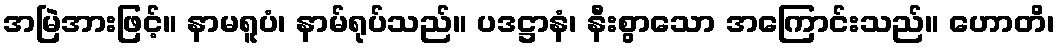
အမြဲအားဖြင့်။ နာမရူပံ၊ နာမ်ရုပ်သည်။ ပဒဋ္ဌာနံ၊ နီးစွာသော အကြောင်းသည်။ ဟောတိ၊